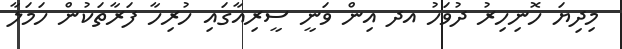
މިދިޔަ ހޮނިހިރު ދުވަހު އދ އިން ވަނީ ސީރިއާގައި ހުރިހާ ފަރާތަކުން ހަމަލާ